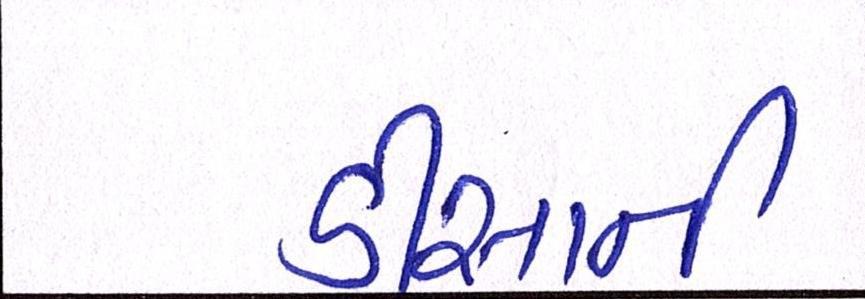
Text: ડીસાની